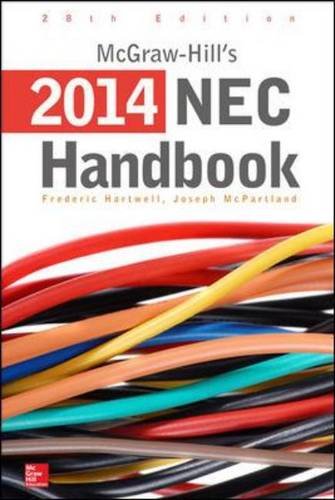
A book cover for McGraw-Hill's National Electrical Code 2014 Handbook, 28th Edition (McGraw Hill's National Electrical Code Handbook); Frederic Hartwell; Engineering & Transportation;